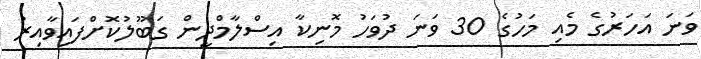
ވަނަ އަހަރުގެ މެއި މަހުގެ 30 ވަނަ ދުވަހު މޮނިކާ އިސްލާމްދީން ގަބޫލުކޮށްފައިވާއިރު